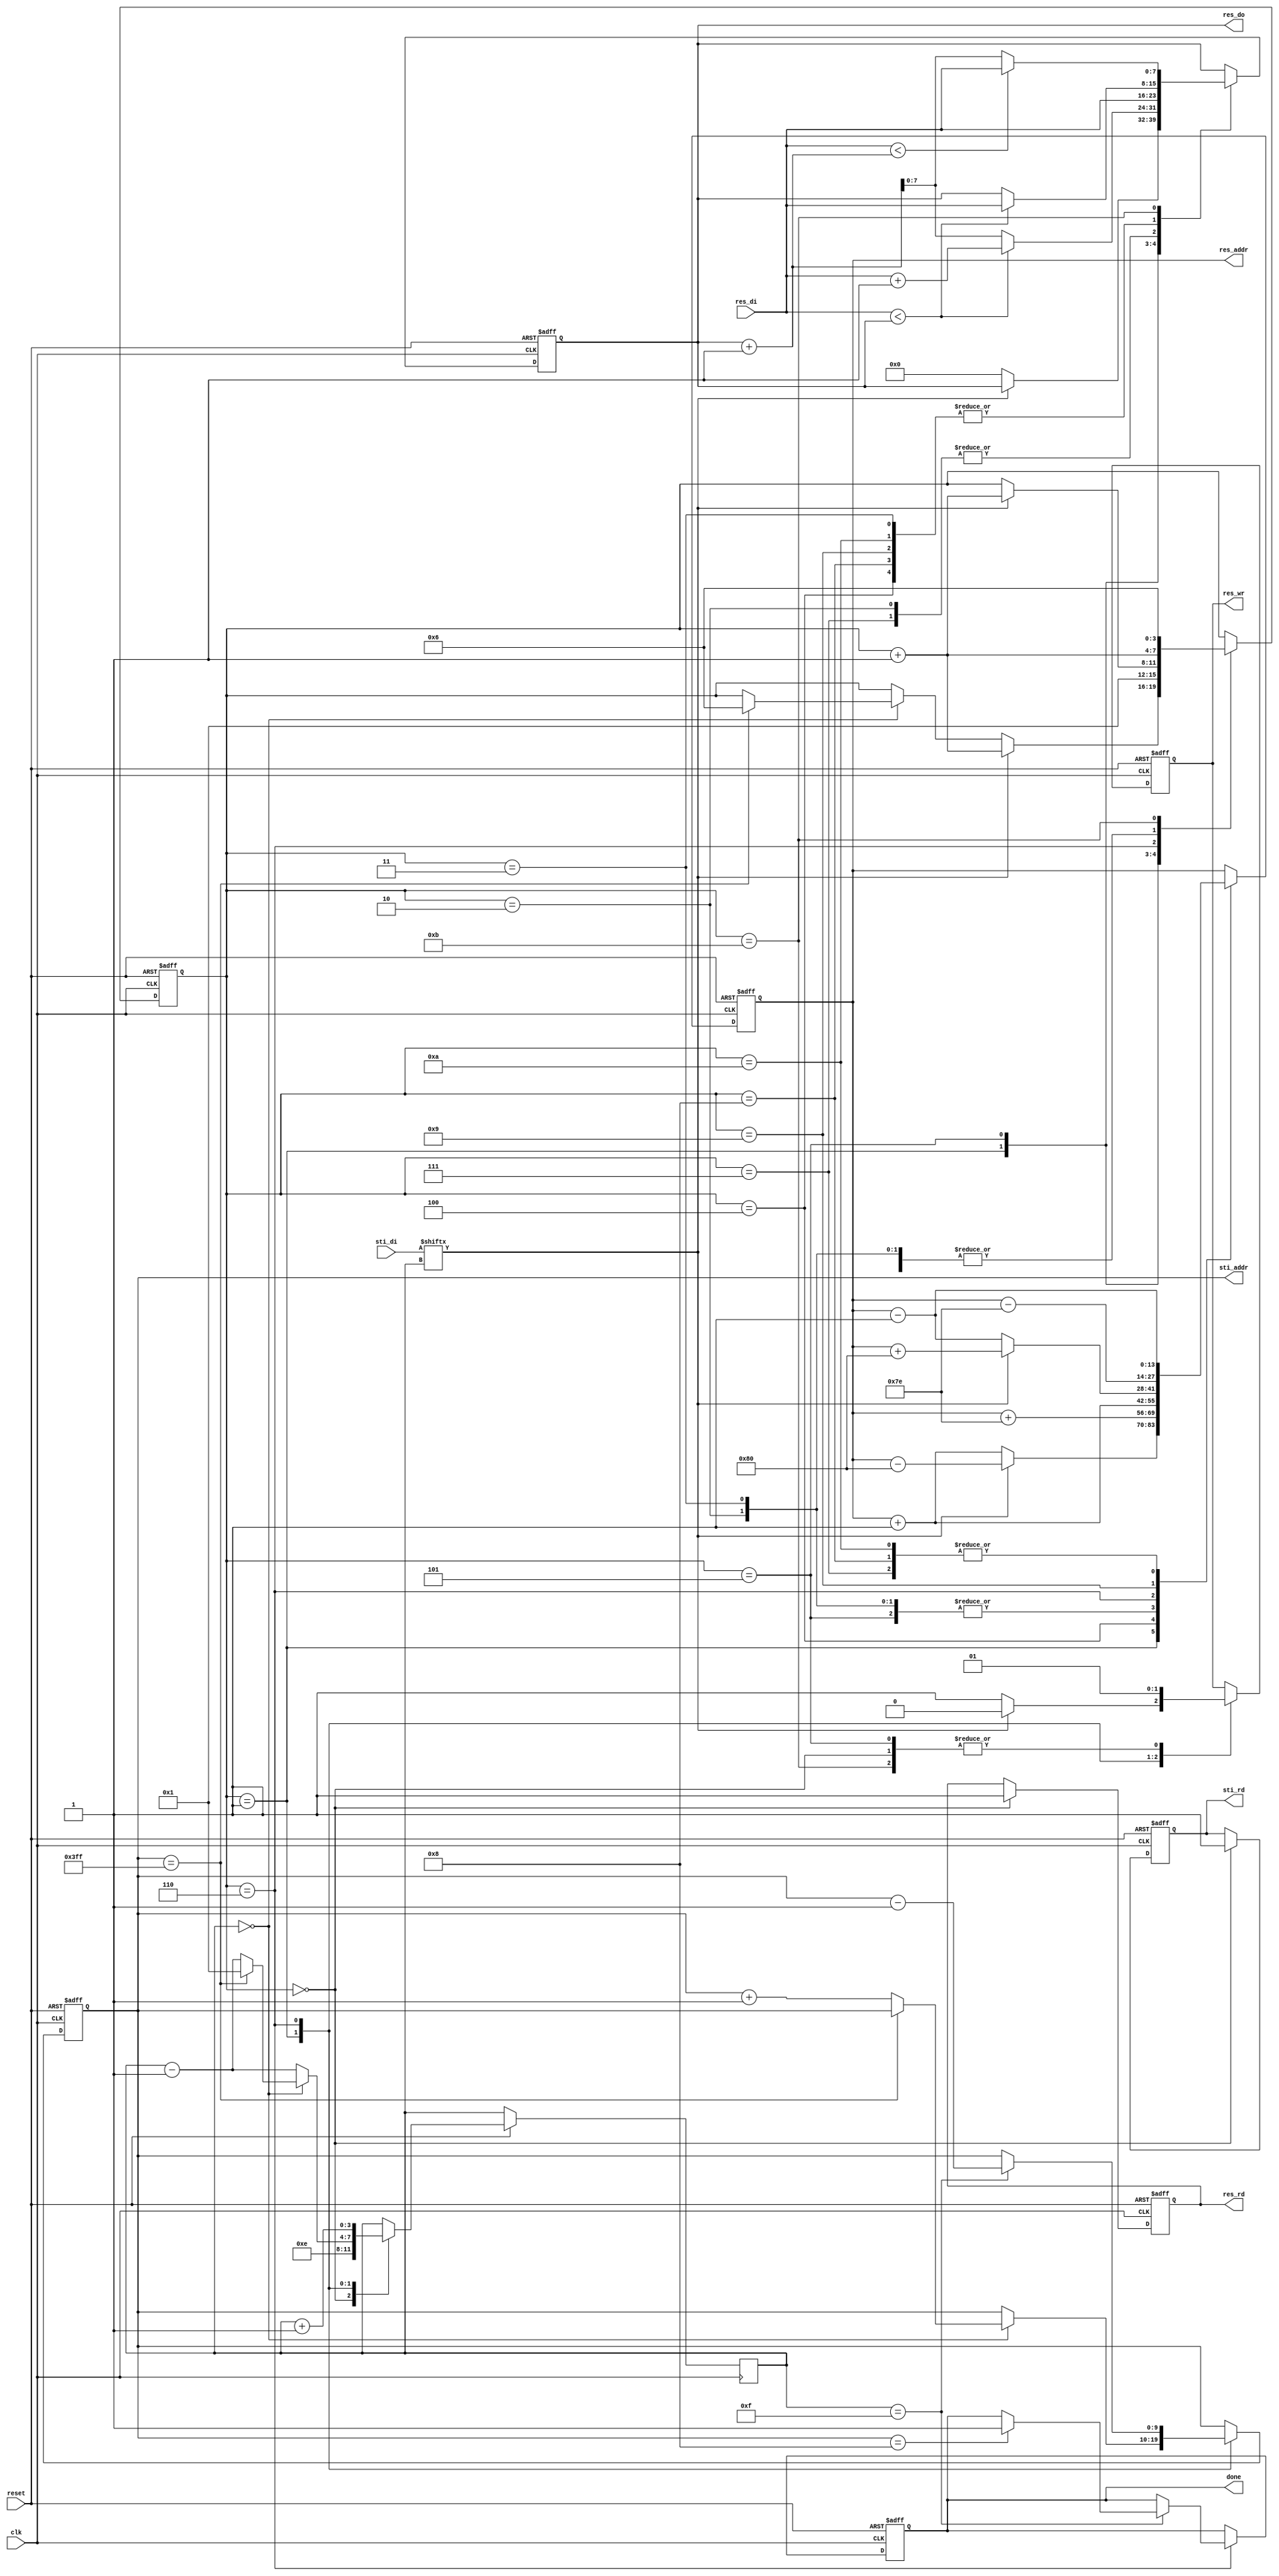
module DT(
	input 			clk, 
	input			reset,
	output	reg		done ,
	output	reg		sti_rd ,
	output	reg 	[9:0]	sti_addr ,
	input		[15:0]	sti_di,
	output	reg		res_wr ,
	output	reg		res_rd ,
	output	reg 	[13:0]	res_addr ,
	output	reg 	[7:0]	res_do,
	input		[7:0]	res_di
	);

reg [3:0] state;
reg [3:0] cnt;

always @(posedge clk or negedge reset) begin
	if (!reset) begin
		// reset
		done <= 0;
		sti_rd <= 0;
		sti_addr <= 0;
		res_wr <= 0;
		res_rd <= 0;
		res_addr <= 0;
		res_do <= 0;	
		state <= 0;			
	end
	else begin
		case(state)
			4'd0: begin //initial
				res_wr <= 1;				
				sti_rd <= 1;
				res_rd <= 1;	
				cnt <= 4'd14;
				state <= state + 1;
			end
			4'd1: begin // forward
				cnt <= cnt - 1;
				if(cnt == 4'd0) begin					
					if(sti_addr == 10'd1023) begin
						state <= 4'd6;
						cnt <= 4'd1;
					end	
					else begin
						sti_addr <= sti_addr + 1;		
					end				
				end
				if(sti_di[cnt]) begin // object
					res_addr <= res_addr - 128;
					state <= state + 1;
					res_wr <= 0;
				end
				else begin //background
					res_addr <= res_addr + 1;
					res_do <= 0;
					res_wr <= 1;					
				end
			end
			4'd2: begin //read NW
				res_do <= res_di;
				res_addr <= res_addr + 1;
				state <= state + 1;
			end
			4'd3: begin //read N
				res_do <= (res_di < res_do) ? res_di : res_do;
				res_addr <= res_addr + 1;
				state <= state + 1;
			end
			4'd4: begin //read NE
				res_do <= (res_di < res_do) ? res_di : res_do;
				res_addr <= res_addr + 126;
				state <= state + 1;
			end
			4'd5: begin //read W & right min+1 at next posedge clk
				res_do <= (res_di < res_do) ? res_di+1 : res_do+1;
				res_addr <= res_addr + 1;
				res_wr <= 1;
				state <= 4'd1;
			end
			4'd6: begin // back
				cnt <= cnt + 1;
				res_wr <= 0;
				if(cnt == 4'd15) begin
					sti_addr <= sti_addr - 1;
					if(sti_addr == 10'd8) begin
						done <= 1;
					end					
				end
				if(sti_di[cnt]) begin // object
					res_addr <= res_addr + 128;
					state <= state + 1;
				end
				else begin //background
					res_addr <= res_addr - 1;					
				end
			end
			4'd7: begin //read SE
				res_do <= res_di;
				res_addr <= res_addr - 1;
				state <= state + 1;
			end
			4'd8: begin //read S
				res_do <= (res_di < res_do) ? res_di : res_do;
				res_addr <= res_addr - 1;
				state <= state + 1;
			end
			4'd9: begin //read SW
				res_do <= (res_di < res_do) ? res_di : res_do;
				res_addr <= res_addr - 126;
				state <= state + 1;
			end
			4'd10: begin //read E
				res_do <= (res_di < res_do) ? res_di : res_do;
				res_addr <= res_addr - 1;
				state <= state + 1;
			end
			4'd11: begin //compare p(x,y) with z+1, right min at next posedge clk
				res_do <= (res_di < res_do+1) ? res_di : res_do+1;
				res_wr <= 1;
				state <= 4'd6;
			end
		endcase
	end
end

endmodule